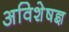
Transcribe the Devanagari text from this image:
अविशेषज्ञ